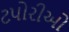
ટપોરીઓ